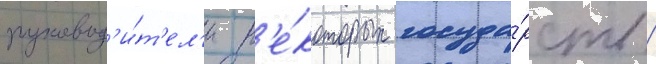
руковод'и́т'ел'и н'е́которых госуда́рств /